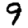
Digit: 9